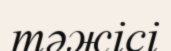
тәжісі